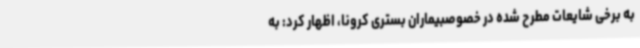
به برخی شایعات مطرح شده در خصوصبیماران بستری کرونا، اظهار کرد: به